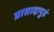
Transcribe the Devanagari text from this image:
प्रासादापुढं